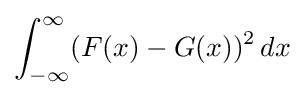
\int _{-\infty }^{\infty }(F(x)-G(x))^{2}\,dx